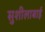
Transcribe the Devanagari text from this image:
सुशीलाबाई